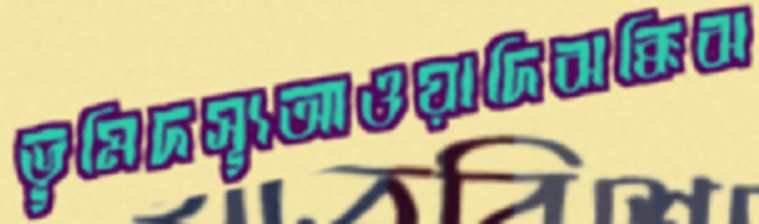
ভূমিদস্যূআওয়াদিঝক্কিঝ